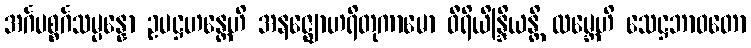
အင်္ဂပစ္စင်္ဂသမ္ပန္နော ဥပဋ္ဌဟန္တေဟိ အနဇ္ဈောဟရိတုကာမော ဝီရိယိန္ဒြိယန္တိ ထမ္ဘေဟိ သေဋ္ဌဘာဝတော